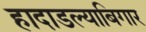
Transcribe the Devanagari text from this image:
हादाडल्याबिगार